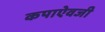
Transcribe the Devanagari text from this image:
कपाऐवजी